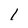
Character: 1